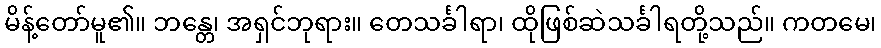
မိန့်တော်မူ၏။ ဘန္တေ၊ အရှင်ဘုရား။ တေသင်္ခါရာ၊ ထိုဖြစ်ဆဲသင်္ခါရတို့သည်။ ကတမေ၊